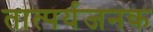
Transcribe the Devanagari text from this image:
तात्पर्यजनक